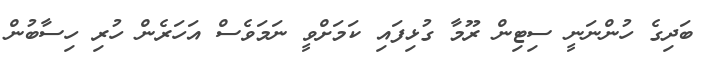
ބަދިގެ ހުންނަނީ ސިޓިން ރޫމާ ގުޅިފައި ކަމަށްވީ ނަމަވެސް އަހަރެން ހުރި ހިސާބުން